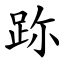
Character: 䟢